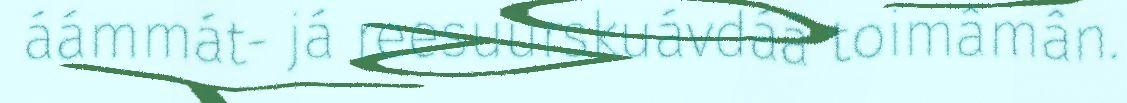
áámmát- já reesuurskuávdáá toimâmân.